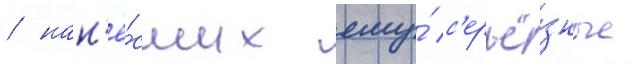
/ нан'ё́сших ему́ с'ерьё́зные